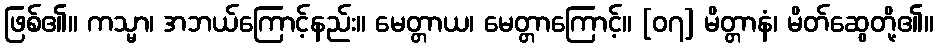
ဖြစ်၏။ ကသ္မာ၊ အဘယ်ကြောင့်နည်း။ မေတ္တာယ၊ မေတ္တာကြောင့်။ [၀၇] မိတ္တာနံ၊ မိတ်ဆွေတို့၏။